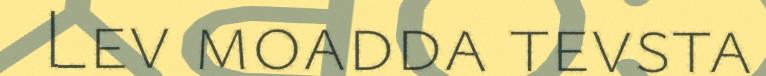
Lev moadda tevsta